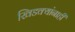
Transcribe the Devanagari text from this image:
खिडक्यांनाही